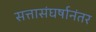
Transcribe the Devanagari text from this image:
सत्तासंघर्षानंतर